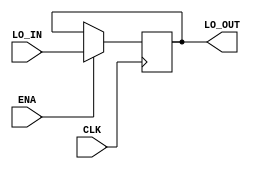
`timescale 1ns / 1ps
module LO
(
	CLK,
    ENA,
    LO_IN,
    LO_OUT
);
    input CLK;
	input ENA;
	input [31:0]LO_IN;
	output [31:0]LO_OUT;

	reg [31:0]lo = 32'b0;
	always @(negedge CLK) begin
		if(ENA) begin
			lo <= LO_IN;
		end else begin
			lo <= lo;
		end
	end

	assign LO_OUT = lo;
endmodule